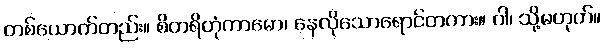
တစ်ယောက်တည်း။ စိတရိတုံကာမော၊ နေလိုသောရောင်တကား။ ဝါ၊ သို့မဟုတ်။